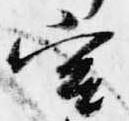
宮